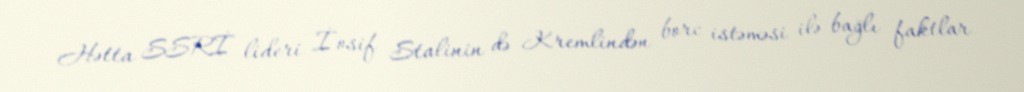
Hətta SSRİ lideri İosif Stalinin də Kremlindən borc istəməsi ilə bağlı faktlar